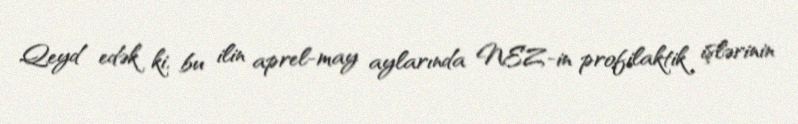
Qeyd edək ki, bu ilin aprel-may aylarında NEZ-in profilaktik işlərinin